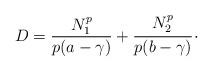
LaTeX: \begin{align*} D=\dfrac{N_1^p}{p(a-\gamma)}+\cfrac{N_2^p}{p(b-\gamma)} \,\cdot \end{align*}